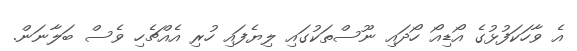
އެ ވާހަކަފުޅުގެ އޯޑިއޯ ހޯދައި ނޫސްތަކުގައި ލިޔެފައި ހުރި އެއްޗެހި ވެސް ބަލާނަން.